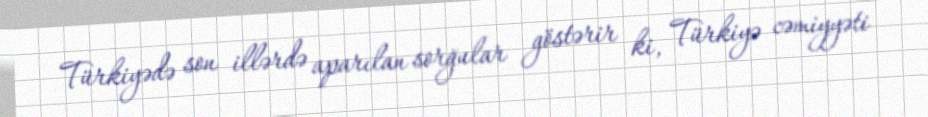
Türkiyədə son illərdə aparılan sorğular göstərir ki, Türkiyə cəmiyyəti